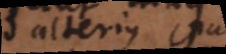
alterius pu